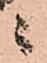
ニ